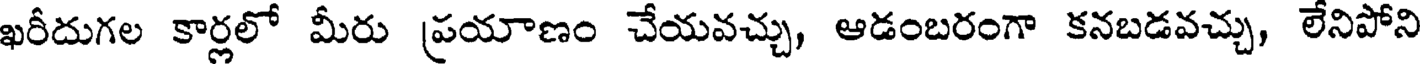
ఖరీదుగల కార్లలో మీరు ప్రయాణం చేయవచ్చు, ఆడంబరంగా కనబడవచ్చు, లేనిపోని